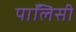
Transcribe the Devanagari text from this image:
पाॅलिसी